Lunatic asylums in Bengal annual reports 1888-1898 - 1888-1898
Year: 1888
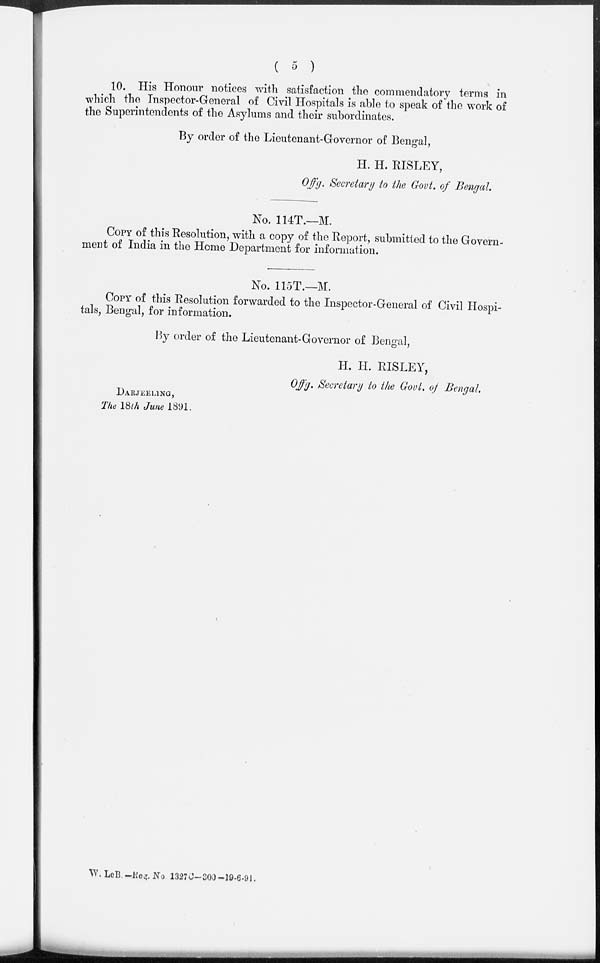
( 5 )
10. His Honour notices with satisfaction the commendatory terms in
which the Inspector-General of Civil Hospitals is able to speak of the work of
the Superintendents of the Asylums and their subordinates.
By order of the Lieutenant-Governor of Bengal,
H. H. RISLEY,
Offg. Secretary to the Govt. of Bengal.
No. 114T.—M.
COPY of this Resolution, with a copy of the Report, submitted to the Govern-
ment of India in the Home Department for information.
No. 115T.—M.
COPY of this Resolution forwarded to the Inspector-General of Civil Hospi-
tals, Bengal, for information.
By order of the Lieutenant-Governor of Bengal,
H. H. RISLEY,
Offg. Secretary to the Govt. of Bengal.
DARJEELING,
The 18th June 1891.
W. Le B.—Reg. No 1327C—300-19-6-91.